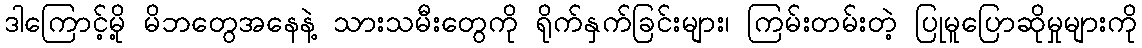
ဒါကြောင့်မို့ မိဘတွေအနေနဲ့ သားသမီးတွေကို ရိုက်နှက်ခြင်းများ၊ ကြမ်းတမ်းတဲ့ ပြုမူပြောဆိုမှုများကို